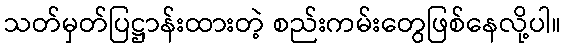
သတ်မှတ်ပြဋ္ဌာန်းထားတဲ့ စည်းကမ်းတွေဖြစ်နေလို့ပါ။